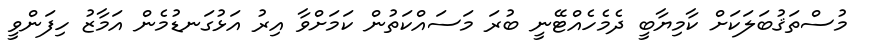
މުސްތަޤުބަލަކަށް ކާމިޔާބީ ދެމެހެއްޓޭނީ ބުރަ މަސައްކަތުން ކަމަށްވާ އިރު އަޅުގަނޑުމެން އަމާޒު ހިފަންވީ